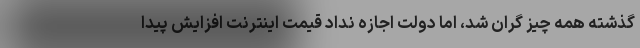
گذشته همه چیز گران شد، اما دولت اجازه نداد قیمت اینترنت افزایش پیدا